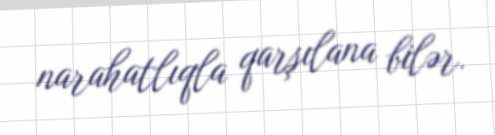
narahatlıqla qarşılana bilər.